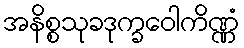
အနိစ္စသုခဒုက္ခဝေါကိဏ္ဏံ